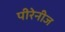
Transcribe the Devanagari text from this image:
पीरेनीज